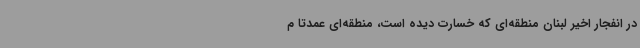
در انفجار اخیر لبنان منطقه‌ای که خسارت دیده است، منطقه‌ای عمدتا م